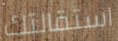
استقالتك